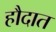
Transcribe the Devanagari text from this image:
हौदात